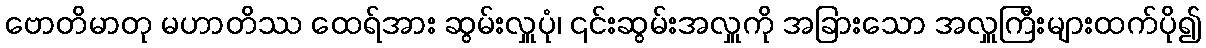
ဗောတိမာတု မဟာတိဿ ထေရ်အား ဆွမ်းလှူပုံ၊ ၎င်းဆွမ်းအလှူကို အခြားသော အလှူကြီးများထက်ပို၍